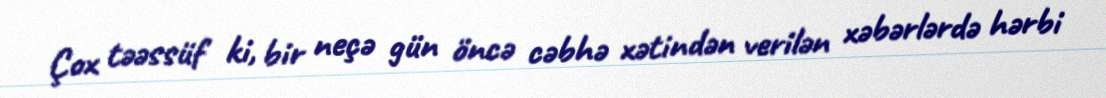
Çox təəssüf ki, bir neçə gün öncə cəbhə xətindən verilən xəbərlərdə hərbi